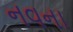
નવના